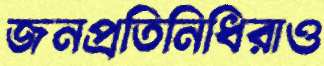
জনপ্রতিনিধিরাও